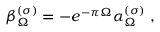
\beta _ { \Omega } ^ { ( \sigma ) } = - e ^ { - \pi \Omega } \alpha _ { \Omega } ^ { ( \sigma ) } \ ,